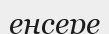
еңсере